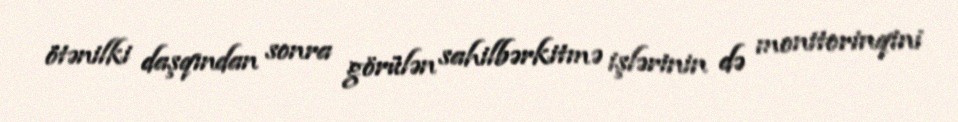
ötənilki daşqından sonra görülən sahilbərkitmə işlərinin də monitorinqini